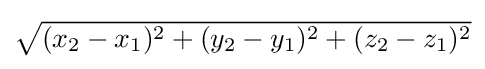
{\textstyle {\sqrt {(x_{2}-x_{1})^{2}+(y_{2}-y_{1})^{2}+(z_{2}-z_{1})^{2}}}}